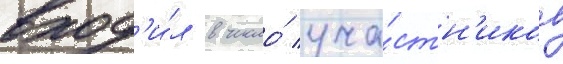
вход'и́л в число́ уча́стн'иков